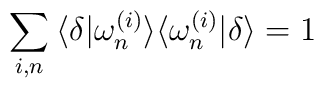
\sum_{i,n} \:\langle \delta | \omega_{n}^{(i)} \rangle   \langle \omega_{n}^{(i)}|\delta \rangle = 1